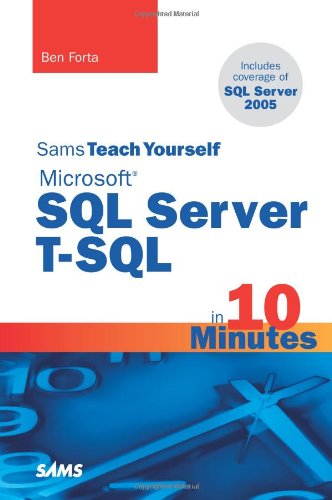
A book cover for Sams Teach Yourself Microsoft SQL Server T-SQL in 10 Minutes; Ben Forta; Computers & Technology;